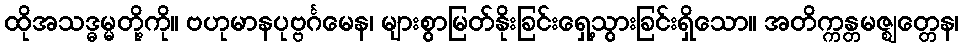
ထိုအသဒ္ဓမ္မတို့ကို။ ဗဟုမာနပုဗ္ဗင်္ဂမေန၊ များစွာမြတ်နိုးခြင်းရှေ့သွားခြင်းရှိသော။ အတိက္ကန္တမဇ္ဈတ္တေန၊